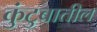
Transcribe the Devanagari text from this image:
कुंटुबातील